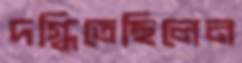
দগ্ধিতেছিলেন